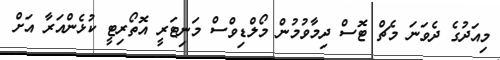
މިއަދުގެ ދެވަަނަ މެޗް ޓޮސް ދިމާވުމުން މޯލްޑިވްސް މަނިޓަރީ އޮތޯރިޓީ ކުޅެންއަރާ އަށް